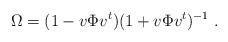
LaTeX: \begin{align*}\Omega=(1-v\Phi v^t)(1+v\Phi v^t)^{-1}\ .\end{align*}